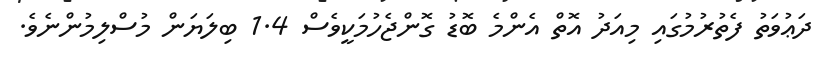
ދަޢުވަތު ފެތުރުމުގައި މިއަދު އޮތް އެންމެ ބޮޑު ގޮންޖެހުމަކީވެސް 1.4 ބިލަޔަން މުސްލިމުންނެވެ.